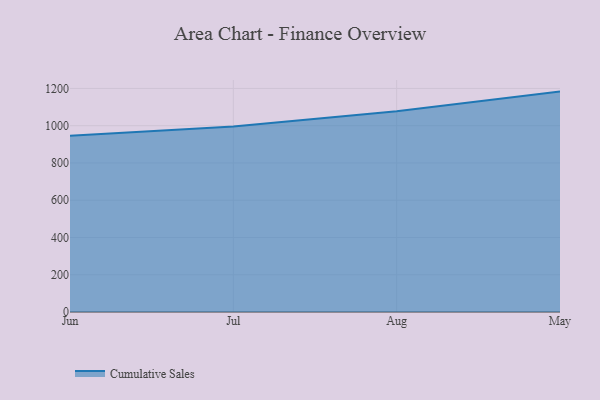
{"axis": {"x": "Month", "y": "Market Share (%)"}, "legend": ["Cumulative Sales"], "data": [{"x": "Jun", "y": 946.5, "type": "Cumulative Sales"}, {"x": "Jul", "y": 995.1, "type": "Cumulative Sales"}, {"x": "Aug", "y": 1078.1, "type": "Cumulative Sales"}, {"x": "May", "y": 1183.1, "type": "Cumulative Sales"}]}